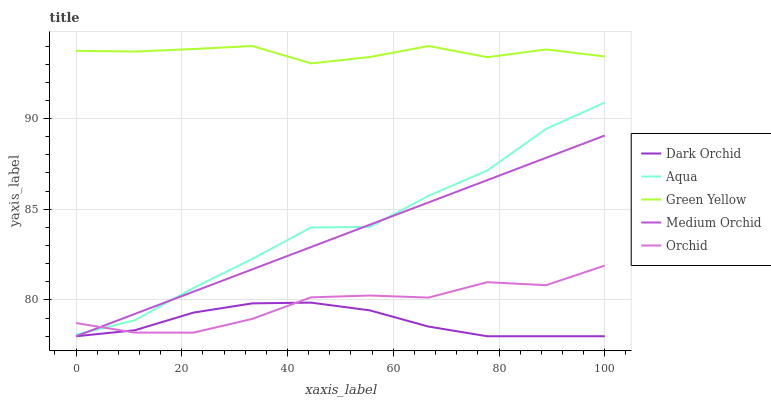
| xaxis_label | Dark Orchid | Aqua | Green Yellow | Medium Orchid | Orchid |
 | --- | --- | --- | --- | --- | --- |
 | 0 | 78 | 78.1 | 93.7 | 78 | 78.7 |
 | 11.1 | 78.3 | 78.9 | 93.7 | 79.2 | 78.2 |
 | 22.2 | 79.3 | 80.7 | 93.8 | 80.5 | 78.2 |
 | 33.3 | 79.8 | 82.3 | 94 | 81.7 | 79 |
 | 44.4 | 79.9 | 84 | 93 | 82.9 | 80.1 |
 | 55.6 | 79.4 | 84 | 93.4 | 84.1 | 80.2 |
 | 66.7 | 78.5 | 85.7 | 94 | 85.4 | 80.1 |
 | 77.8 | 78 | 87.1 | 93.4 | 86.6 | 81 |
 | 88.9 | 78 | 89.4 | 93.8 | 87.8 | 80.8 |
 | 100 | 78 | 90.9 | 93.4 | 89.1 | 81.9 |